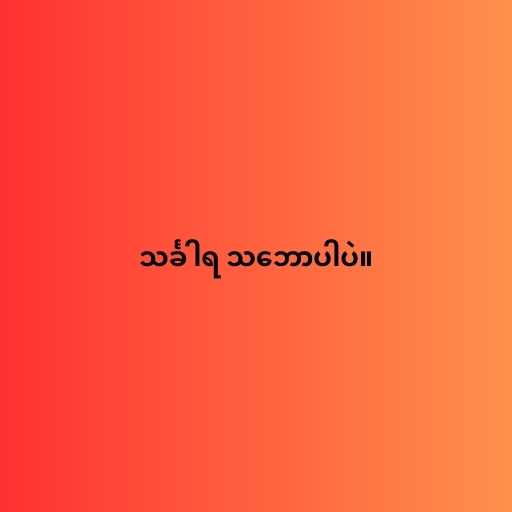
သင်္ခါရ သ‌ဘောပါပဲ။